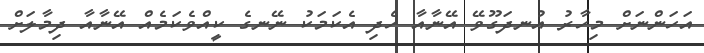
އަހަންނަށް މިހާރު އުނދަގޫވޭ އޭނާއާ ހެދި އެކަމަކު ނޭނގެ ކީއްވެކަމެއް އޭނާއާ ދިމާލަށް